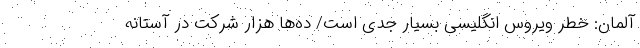
آلمان: خطر ویروس انگلیسی بسیار جدی است/ ده‌ها هزار شرکت در آستانه